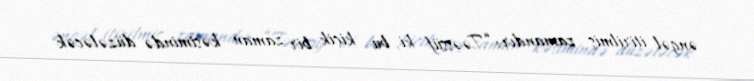
əngəl itirilmiş zamandır: “Təəssüf ki, bu kiçik bir zaman kəsimində düzələcək